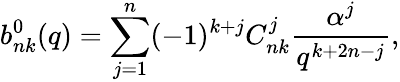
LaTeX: b_{nk}^{0}(q)=\sum_{j=1}^{n}(-1)^{k+j}C_{nk}^{j}\frac{\alpha^{j}}{q^{k+2n-j}},